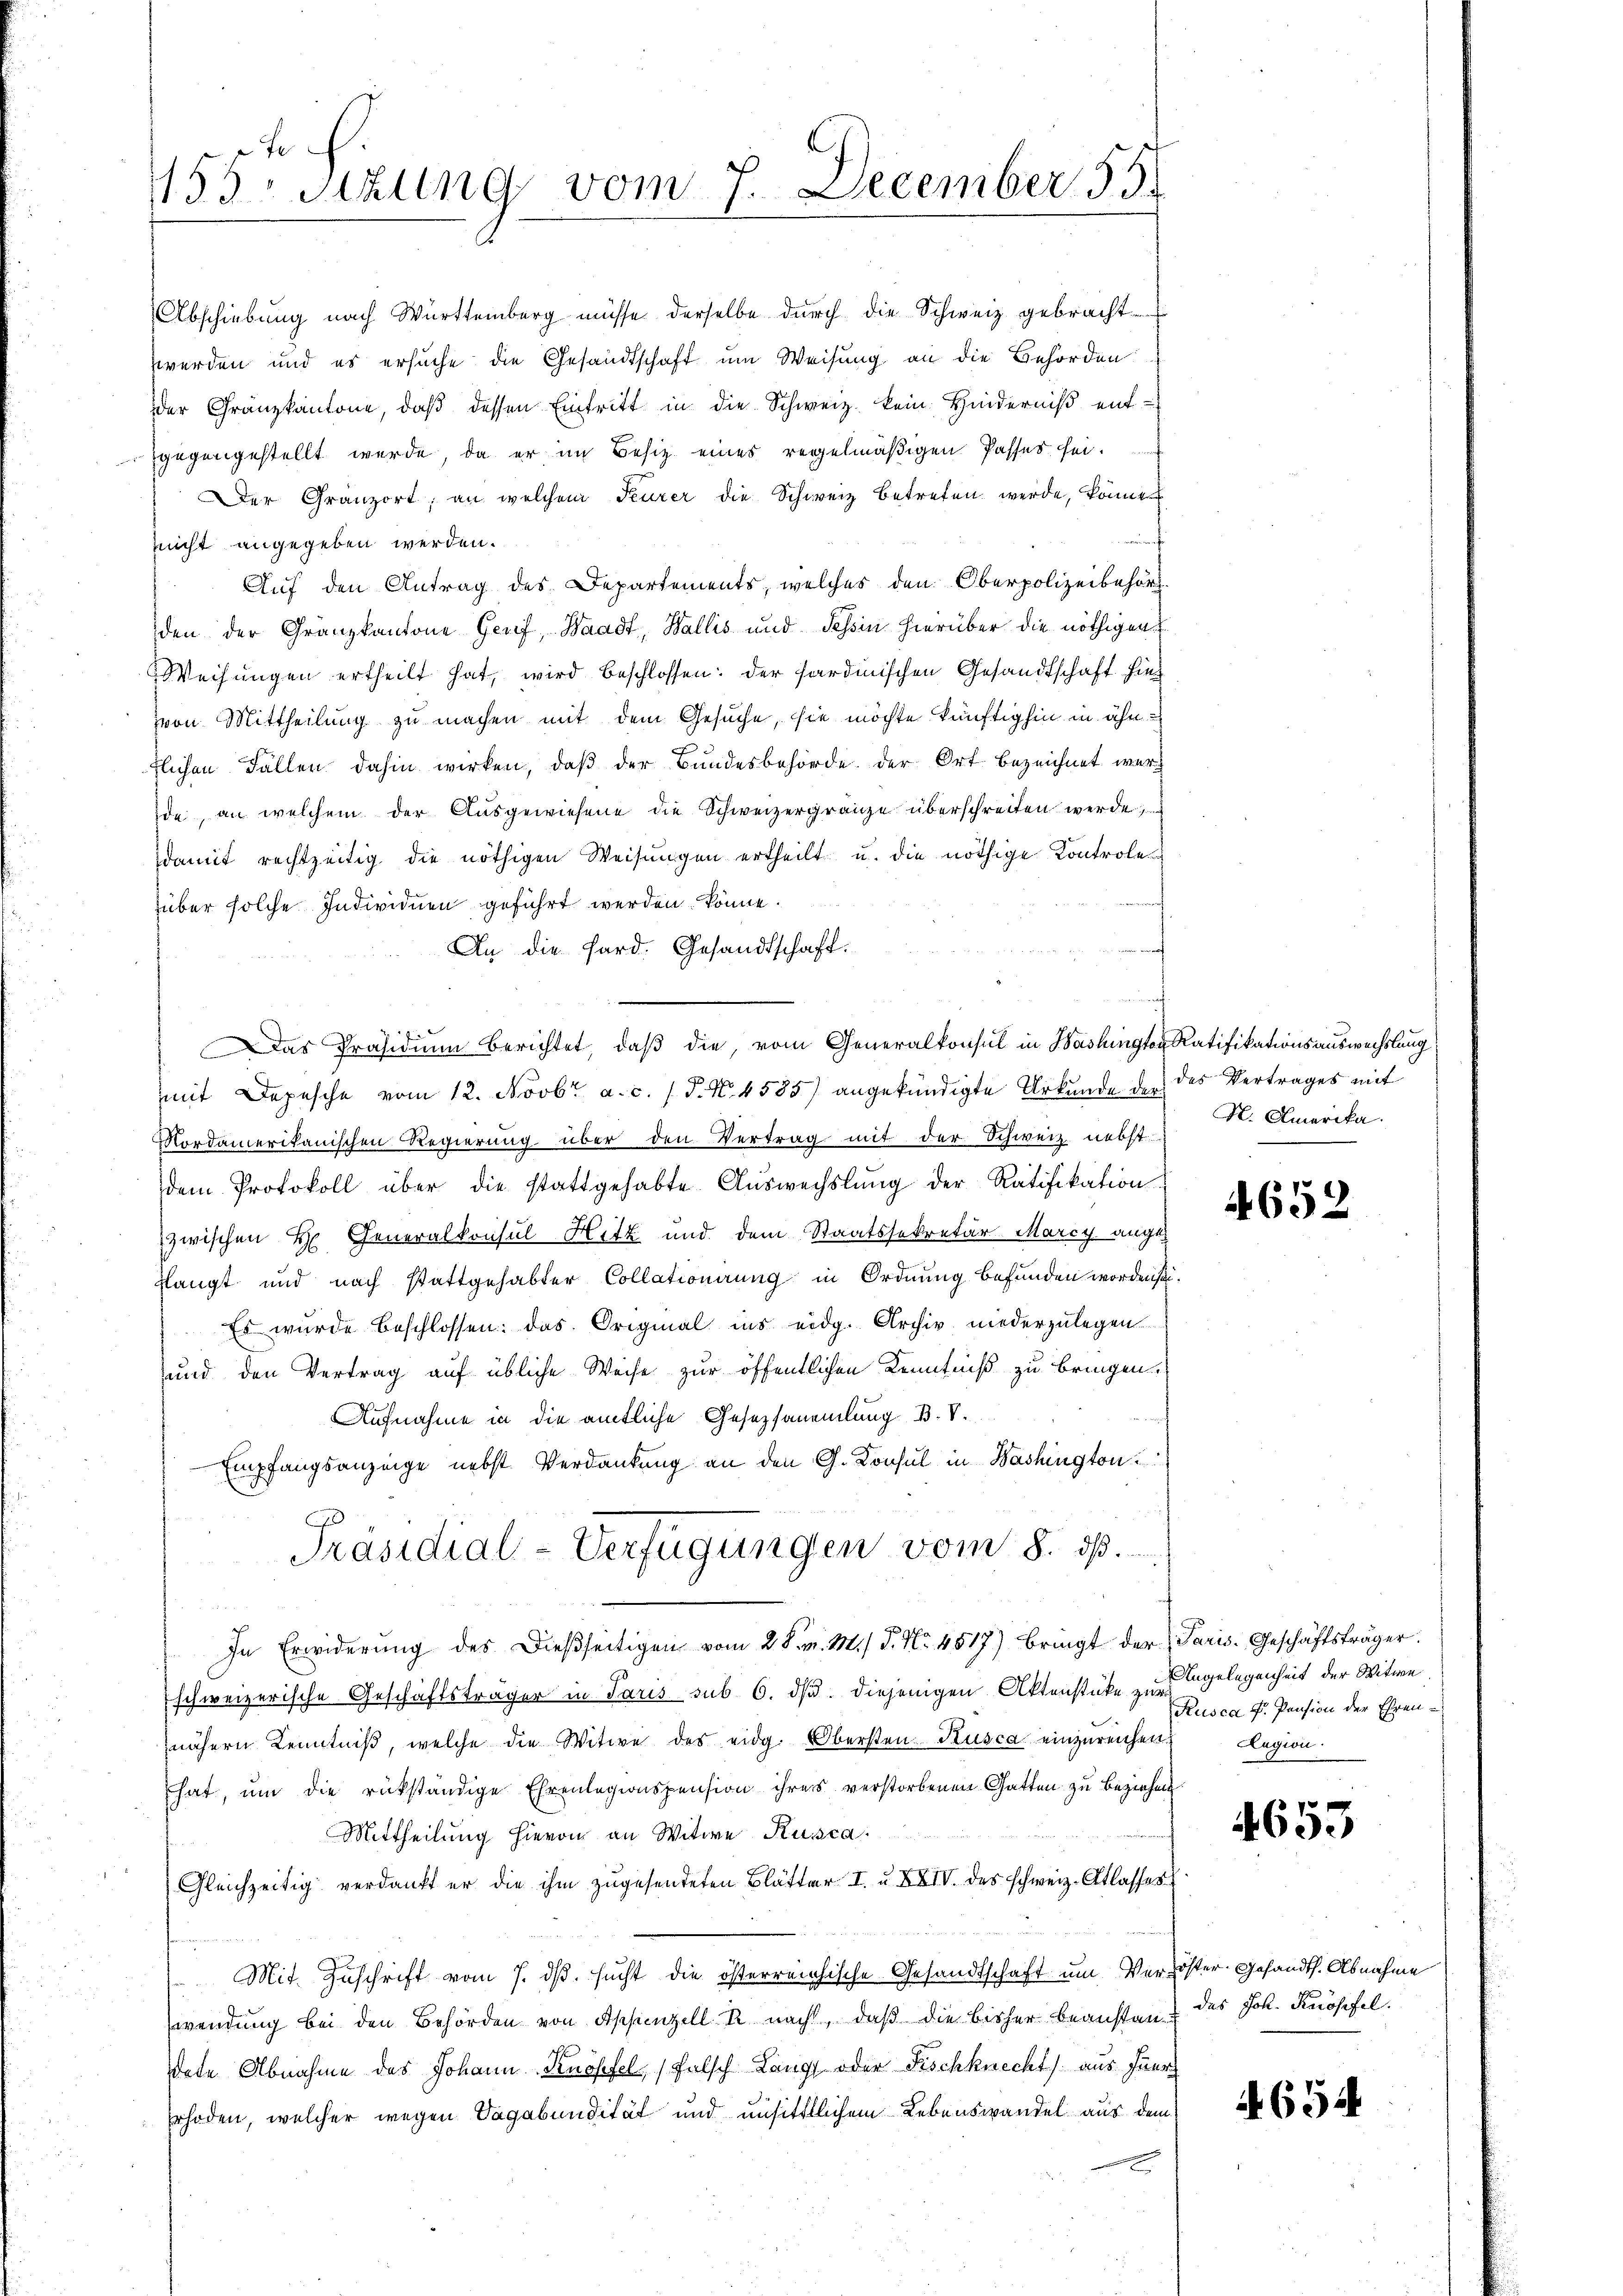
455 sizung vom 7. December 55.

Abschiebung nach Württemberg müsse derselbe durch die Schweiz gebracht.
werden und es ersuche die Gesandtschaft um Weisung an die Behörden
der Gränzkantone, daß dessen Eintritt in die Schweiz. kein Hinderniß entgegengestellt werde, da er im Besitz eines regelmäßigen Passes sei.
Der Gränz(...); an welchem Feurer die Schweiz betreten werde, könnt
t
nicht angegeben werden.
Auf den Antrag des Departements, welches den Oberpolizeibehörd
den der Gränzkantone Genf, Waadt, Wallis und Tessin hierüber die nöthigen
Weisungen ertheilt hat, wird beschlossen: der sardinischen Gesandtschaft hinvon Mittheilung zu machen mit dem Gesuche, sie möchte künftighin in ähn
flichen Fällen dahin wirken, daß der Bundesbehörde der Ort bezeichnet werd
ide, an welchem der Ausgewiesene die Schweizergränze überschreiten werde,
damit rechtzeitig die nöthigen Weisungen ertheilt u. die nöthige Kontrole
über solche Individuen geführt werden könne.
An die Sard. Gesandtschaft.
mit Depesche vom 12. Novbr. a. c. 1 P. Nr. 4583) angekündigte Urkunde der des Vertrages mit
Nordamerikanischen Regierung über den Vertrag mit der Schweiz nebst
dem Protokoll über die stattgehabte Aŭswechslung der Ratifikation
zwischen H. Generalkonsul Hitz und dem Staatssekretär Marcy angeflangt und nach stattgehabter Collationirung in Ordnung befunden worden sei.
Es wurde beschlossen: das Original ins eidg. Archiv niederzulegen
und den Vertrag auf übliche Weise zur öffentlichen Kenntniß zu bringen.
Aufnahme in die amtliche Gesetzsammlung B. V.
Empfangsanzeige nebst Verdankung an den G. Konsul in Washington
Präsidial-Verfügungen vom 8. ds.
In Erwiderung des dießseitigen vom 28. v. M. P. Nr. 4517) bringt der Paris. Geschäftsträger.
schweizerische Geschäftsträger in Paris sub 6. ds. diejenigen Aktenstüke zu gelegenheit der Witwe
nähern Kenntniß, welche die Witwe des eidg. Obersten Kusca einzureichen.
hat, um die rükständige Ehrenlegionspension ihres verstorbenen Gatten zu beziehen
Mittheilung hievon an Witwe Rusca.
Gleichzeitig verdankt er die ihm zugesendeten Blätter I. u. XXIV. des schweiz. Atlasses
 Mit Zuschrift vom 7. ds. sucht die österreichische Gesandtschaft um Verlöster. Gesandts. Abnahme
wendung bei den Behörden von Appenzell R. nacht, daß die bisher beanstan
dete Abnahme des Johann Knopfel, falsch Lang oder Fischknecht) aus fuer
Erhoden, welcher wegen Sagabundität und unsittlichem Lebenswandel aus dem

Das Präsidium berichtet, daß die, vom Generalkonsul in Washingten Ratifikationsauswechslung

N. Amerika.

4652

Rusca P. Pension der Ehren¬
Alegion.

4653

des Joh. Knospfel.

694